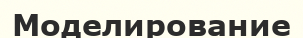
Моделирование